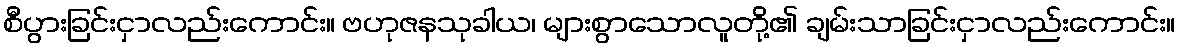
စီပွားခြင်းငှာလည်းကောင်း။ ဗဟုဇနသုခါယ၊ များစွာသောလူတို့၏ ချမ်းသာခြင်းငှာလည်းကောင်း။